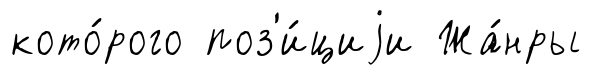
кото́рого поз'и́циjи Жа́нры